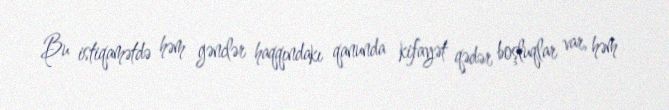
Bu istiqamətdə həm gənclər haqqındakı qanunda kifayət qədər boşluqlar var, həm